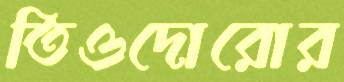
তিওদোরোর